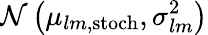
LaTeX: \mathcal{N}\left(\mu_{lm,\mathrm{stoch}},\sigma_{lm}^{2}\right)